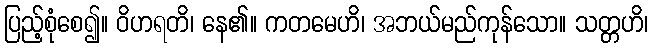
ပြည့်စုံစေ၍။ ဝိဟရတိ၊ နေ၏။ ကတမေဟိ၊ အဘယ်မည်ကုန်သော။ သတ္တဟိ၊